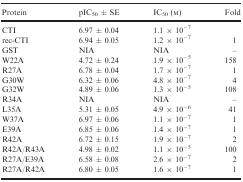
| Protein | pIC50 ± SE | IC50 (m) | Fold |
 | --- | --- | --- | --- |
 | CTI | 6.97 ± 0.04 | 1.1 × 10−7 |  |
 | rec‐CTI | 6.94 ± 0.05 | 1.2 × 10−7 | 1 |
 | GST | NIA | NIA | – |
 | W22A | 4.72 ± 0.24 | 1.9 × 10−5 | 158 |
 | R27A | 6.78 ± 0.04 | 1.7 × 10−7 | 1 |
 | G30W | 6.32 ± 0.06 | 4.8 × 10−7 | 4 |
 | G32W | 4.89 ± 0.06 | 1.3 × 10−5 | 108 |
 | R34A | NIA | NIA | – |
 | L35A | 5.31 ± 0.05 | 4.9 × 10−6 | 41 |
 | W37A | 6.97 ± 0.06 | 1.1 × 10−7 | 1 |
 | E39A | 6.85 ± 0.06 | 1.4 × 10−7 | 1 |
 | R42A | 6.72 ± 0.15 | 1.9 × 10−7 | 2 |
 | R42A/R43A | 4.98 ± 0.02 | 1.1 × 10−5 | 100 |
 | R27A/E39A | 6.58 ± 0.08 | 2.6 × 10−7 | 2 |
 | R27A/R42A | 6.80 ± 0.05 | 1.6 × 10−7 | 1 |